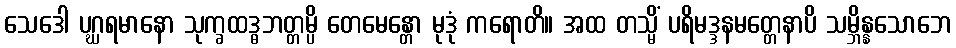
သေဒေါ ပဂ္ဃရမာနော သုက္ခထဒ္ဓဘတ္တမ္ပိ တေမေန္တော မုဒုံ ကရောတိ။ အထ တသ္မိံ ပရိမဒ္ဒနမတ္တေနာပိ သမ္ဘိန္နသောဘေ